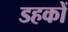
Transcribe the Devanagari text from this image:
डहकों